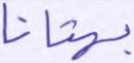
بهتانا